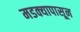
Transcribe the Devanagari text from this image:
मडक्यापासून